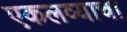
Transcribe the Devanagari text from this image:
एकलव्याचा